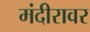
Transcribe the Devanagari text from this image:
मंदीरावर